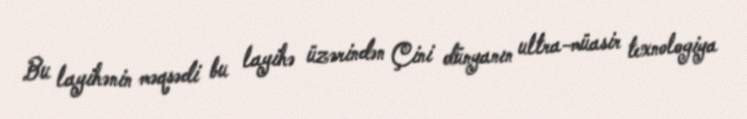
Bu layihənin məqsədi bu layihə üzərindən Çini dünyanın ultra-müasir texnologiya